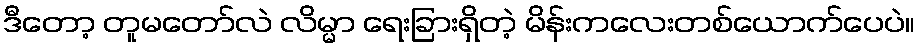
ဒီတော့ တူမတော်လဲ လိမ္မာ ရေးခြားရှိတဲ့ မိန်းကလေးတစ်ယောက်ပေပဲ။